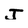
Character: J